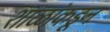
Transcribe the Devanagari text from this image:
शाळांकडून